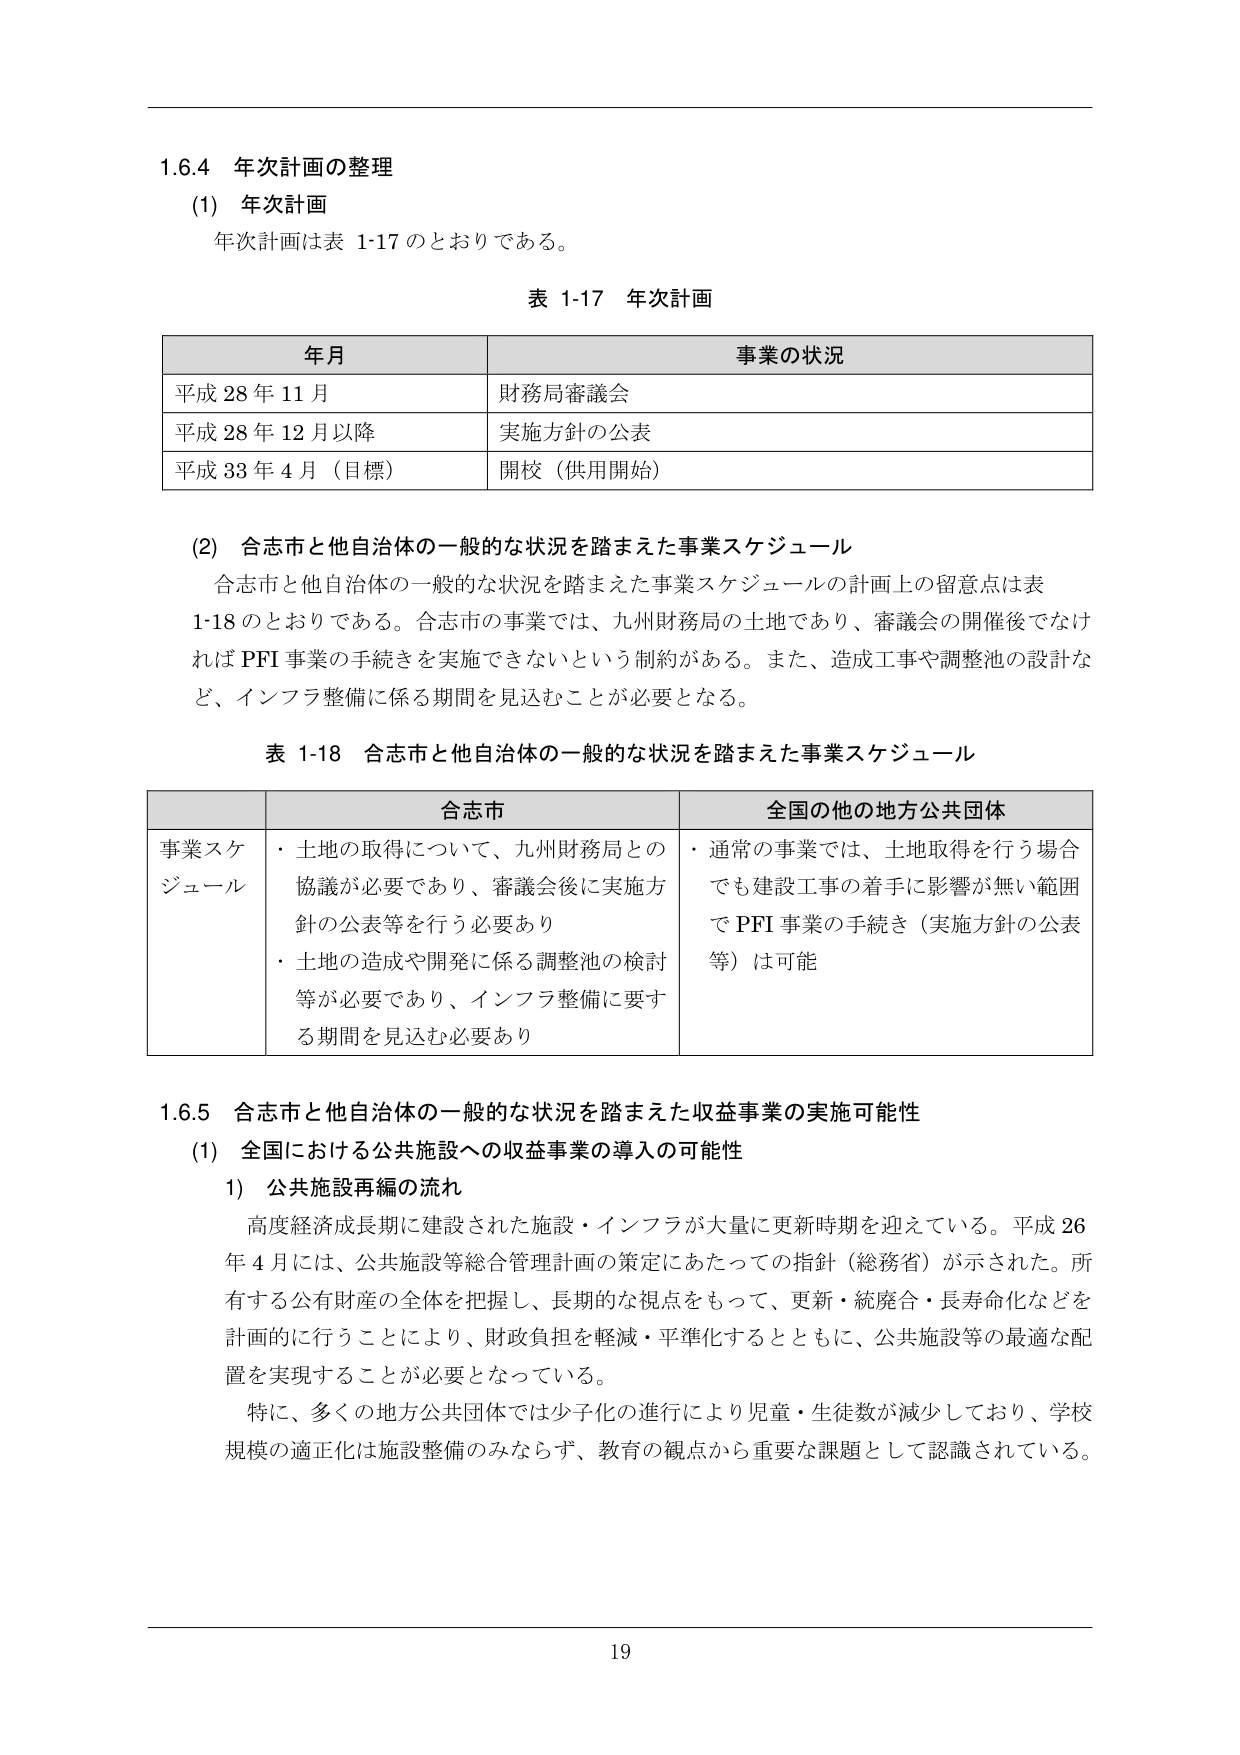
1.6.4 年次計画の整理
(1) 年次計画
年次計画は表 1-17 のとおりである。

表 1-17 年次計画

| 年月 | 事業の状況 |
|------|------------|
| 平成 28 年 11 月 | 財務局審議会 |
| 平成 28 年 12 月以降 | 実施方針の公表 |
| 平成 33 年 4 月（目標） | 開校（供用開始） |

(2) 合志市と他自治体の一般的な状況を踏まえた事業スケジュール
合志市と他自治体の一般的な状況を踏まえた事業スケジュールの計画上の留意点は表 1-18 のとおりである。合志市の事業では、九州財務局の土地であり、審議会の開催後でなければ PFI 事業の手続きを実施できないという制約がある。また、造成工事や調整池の設計など、インフラ整備に係る期間を見込むことが必要となる。

表 1-18 合志市と他自治体の一般的な状況を踏まえた事業スケジュール

| | 合志市 | 全国の他の地方公共団体 |
|---|---|---|
| 事業スケジュール | ・土地の取得について、九州財務局との協議が必要であり、審議会後に実施方針の公表等を行う必要あり<br>・土地の造成や開発に係る調整池の検討等が必要であり、インフラ整備に要する期間を見込む必要あり | ・通常の事業では、土地取得を行う場合でも建設工事の着手に影響が無い範囲で PFI 事業の手続き（実施方針の公表等）は可能 |

1.6.5 合志市と他自治体の一般的な状況を踏まえた収益事業の実施可能性
(1) 全国における公共施設への収益事業の導入の可能性
1) 公共施設再編の流れ
高度経済成長期に建設された施設・インフラが大量に更新時期を迎えている。平成 26 年 4 月には、公共施設等総合管理計画の策定にあたっての指針（総務省）が示された。所有する公有財産の全体を把握し、長期的な視点をもって、更新・統廃合・長寿命化などを計画的に行うことにより、財政負担を軽減・平準化するとともに、公共施設等の最適な配置を実現することが必要となっている。
特に、多くの地方公共団体では少子化の進行により児童・生徒数が減少しており、学校規模の適正化は施設整備のみならず、教育の観点から重要な課題として認識されている。

19